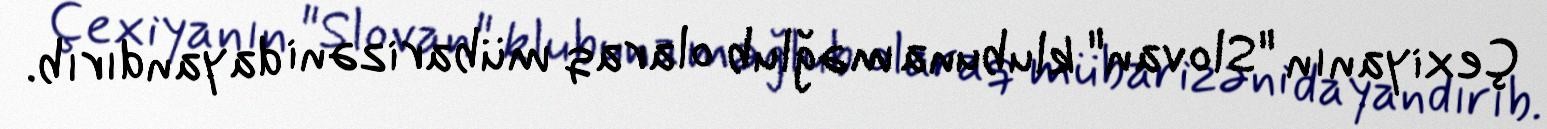
Çexiyanın "Slovan" klubuna məğlub olaraq mübarizəni dayandırıb.